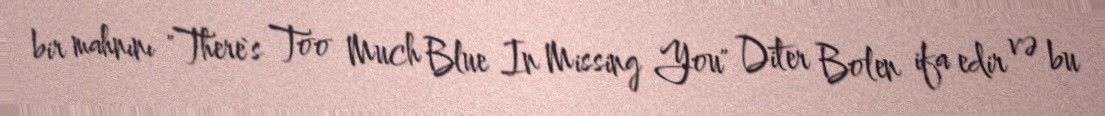
bir mahnını "There`s Too Much Blue In Missing You" Diter Bolen ifa edir və bu